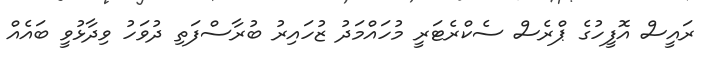
ރައީސް އޮފީހުގެ ޕްރެސް ސެކްރެޓަރީ މުހައްމަދު ޒުހައިރު ބުރާސްފަތި ދުވަހު ވިދާޅުވީ ބައެއް